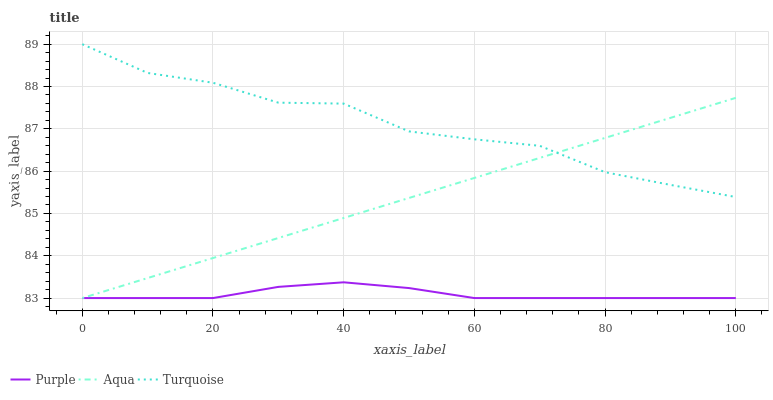
| xaxis_label | Purple | Aqua | Turquoise |
 | --- | --- | --- | --- |
 | 0 | 83 | 83 | 89 |
 | 10 | 83 | 83.5 | 88.3 |
 | 20 | 83 | 83.9 | 88.1 |
 | 30 | 83.3 | 84.4 | 87.6 |
 | 40 | 83.4 | 84.9 | 87.6 |
 | 50 | 83.2 | 85.4 | 86.9 |
 | 60 | 83 | 85.8 | 86.8 |
 | 70 | 83 | 86.3 | 86.6 |
 | 80 | 83 | 86.8 | 86 |
 | 90 | 83 | 87.3 | 85.7 |
 | 100 | 83 | 87.7 | 85.4 |